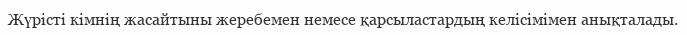
Жүрісті кімнің жасайтыны жеребемен немесе қарсыластардың келісімімен анықталады.